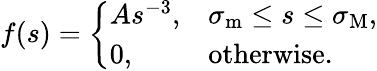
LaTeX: f(s)=\left\{ \begin{array}{ll}{As^{-3},}&{\sigma_{\mathrm{m}}\leq s\leq\sigma_{\mathrm{M}},}\\ {0,}&{\mathrm{otherwise}.}\end{array}\right.